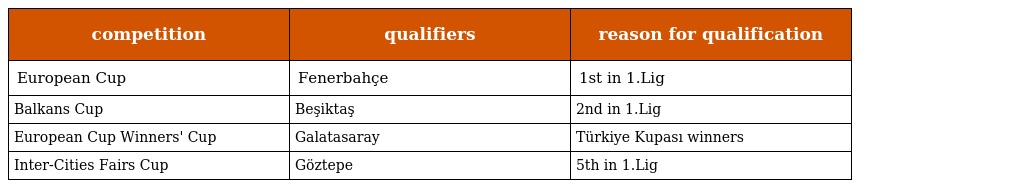
| competition | qualifiers | reason for qualification |
 | --- | --- | --- |
 | European Cup | Fenerbahçe | 1st in 1.Lig |
 | Balkans Cup | Beşiktaş | 2nd in 1.Lig |
 | European Cup Winners' Cup | Galatasaray | Türkiye Kupası winners |
 | Inter-Cities Fairs Cup | Göztepe | 5th in 1.Lig |